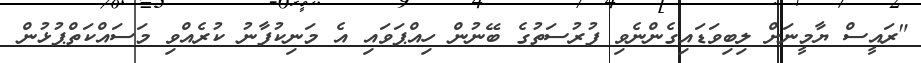
"ރައީސް ޔާމީނަށް ލިބިވަޑައިގެންނެވި ފުރުސަތުގެ ބޭނުން ހިއްޕަވައި އެ މަނިކުފާނު ކުރެއްވި މަސައްކަތްޕުޅުން